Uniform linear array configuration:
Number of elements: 48
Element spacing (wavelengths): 0.25
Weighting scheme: hamming
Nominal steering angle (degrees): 60
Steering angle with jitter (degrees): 60.538
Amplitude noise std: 0.05
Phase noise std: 0.05

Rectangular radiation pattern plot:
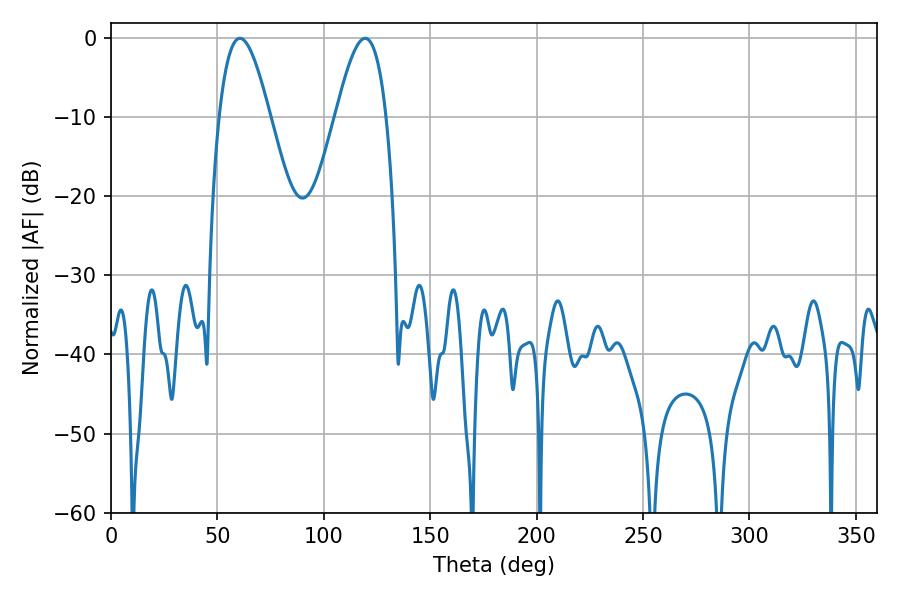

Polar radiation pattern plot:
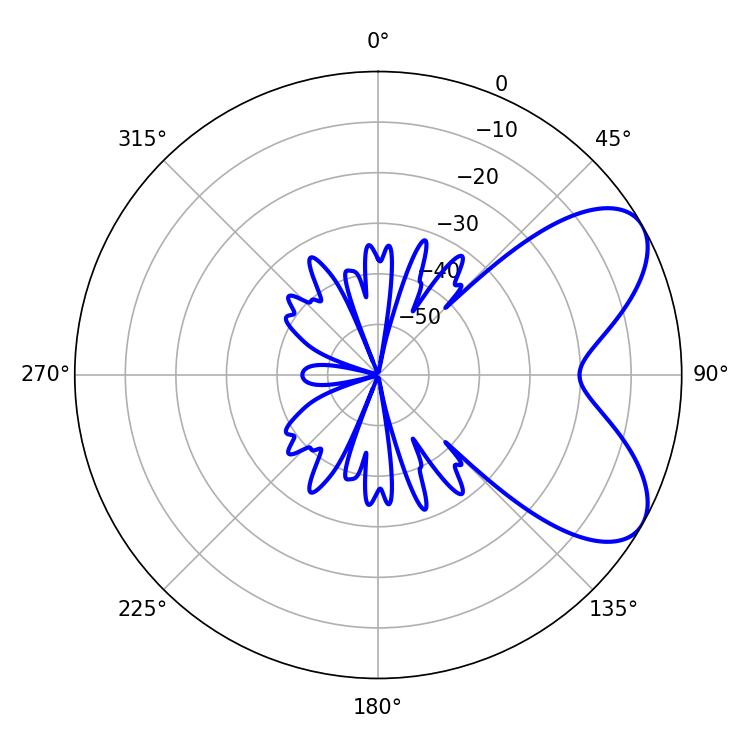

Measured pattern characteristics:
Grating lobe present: FALSE
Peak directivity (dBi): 6.623
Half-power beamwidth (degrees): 12.96
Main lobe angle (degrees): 60.48